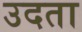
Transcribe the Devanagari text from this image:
उदता